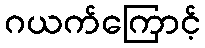
ဂယက်ကြောင့်